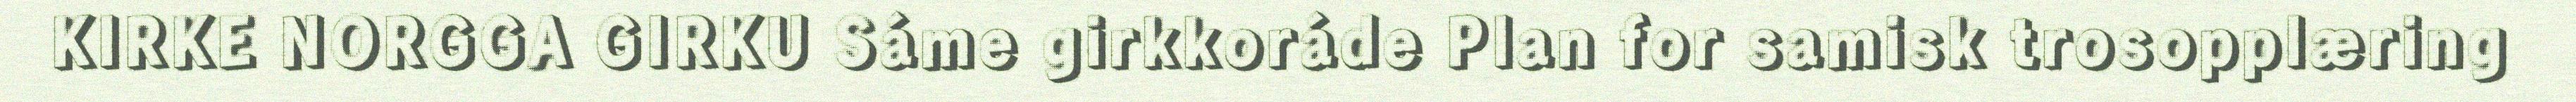
KIRKE NORGGA GIRKU Sáme girkkoráde Plan for samisk trosopplæring